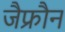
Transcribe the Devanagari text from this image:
जैफ्रौन